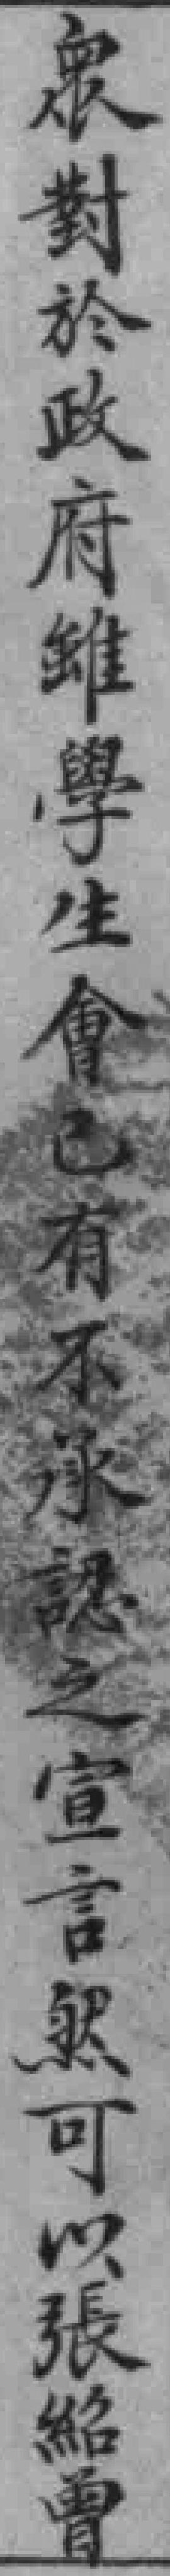
衆對於政府雖學生會有不承認之宣言然可以張紹曾